Civil Veterinary Dept. North-West Frontier Province 1923-32 - 1923-1932
Year: 1923
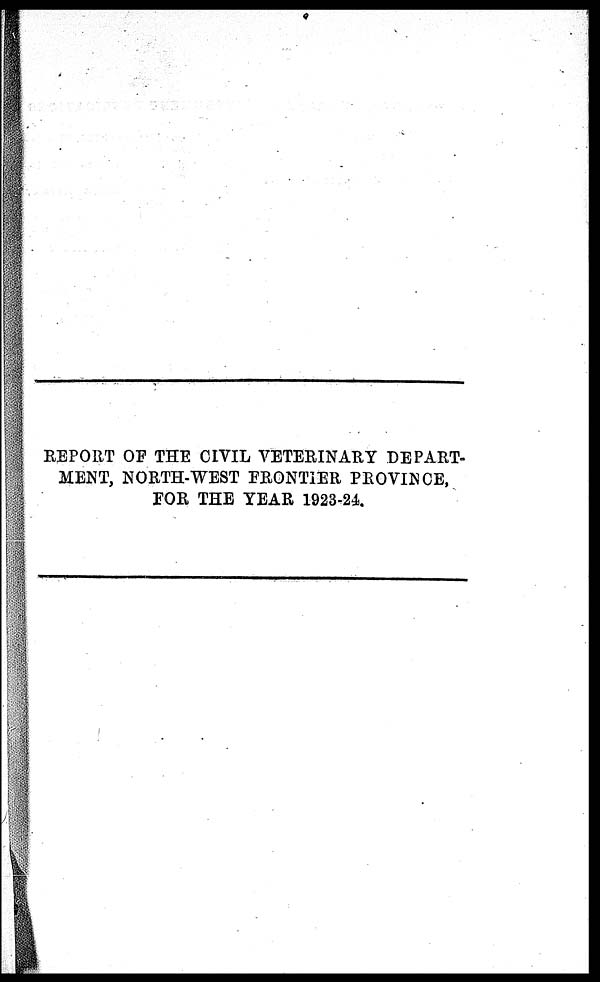
REPORT OF THE CIVIL VETERINARY DEPART-
MENT, NORTH-WEST FRONTIER PROVINCE,
FOR THE YEAR 1923-24.